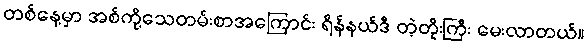
တစ်နေ့မှာ အစ်ကို့သေတမ်းစာအကြောင်း ရိန်နယ်ဒီ တဲ့တိုးကြီး မေးလာတယ်။